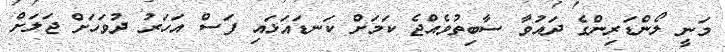
މަނީ ލޯންޑަރިންގެ ދައުވާ ސާބިތުވެއްޖެ ކަމަށް ކަނޑައަޅައި ފަސް އަހަރު ދުވަހަށް ޖަލަށް